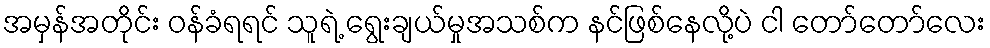
အမှန်အတိုင်း ဝန်ခံရရင် သူရဲ့ ရွေးချယ်မှုအသစ်က နင်ဖြစ်နေလို့ပဲ ငါ တော်တော်လေး